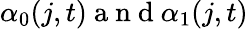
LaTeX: \alpha_{0}(j,t)\mathrm{~a~n~d~}\alpha_{1}(j,t)